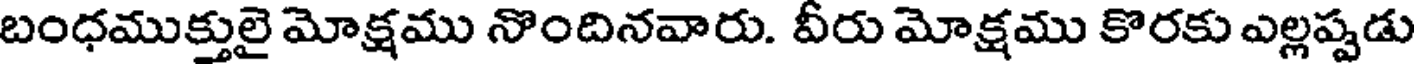
బంధముక్తులై మోక్షము నొందినవారు. వీరు మోక్షము కొరకు ఎల్లప్పడు